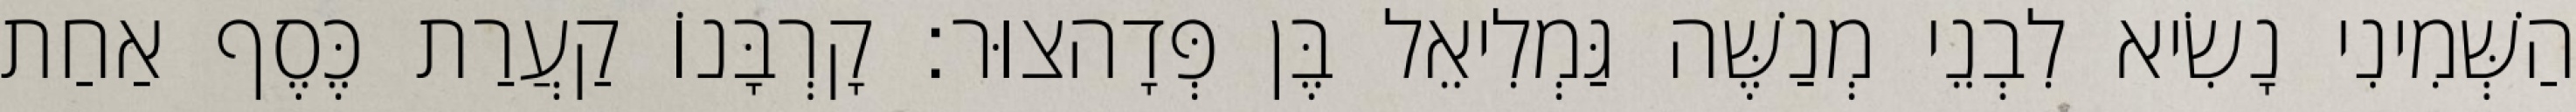
הַשְּׁמִינִי נָשִׂיא לִבְנֵי מְנַשֶּׁה גַּמְלִיאֵל בֶּן פְּדָהצוּר׃ קָרְבָּנוֹ קַעֲרַת כֶּסֶף אַחַת